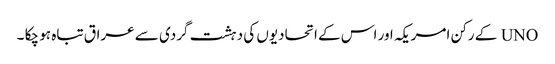
UNO کے رکن امریکہ اور اس کے اتحادیوں کی دہشت گردی سے عراق تباہ ہو چکا ۔